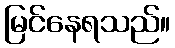
မြင်နေရသည်။